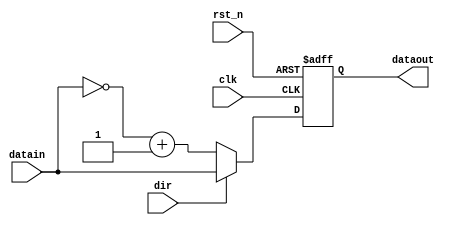
module judgePorN(clk,rst_n,datain,dataout,dir);
input clk,rst_n;
input [31:0]datain;
output [31:0]dataout;
input dir;
reg [31:0]dataout;
always @(posedge clk or negedge rst_n)
begin
if(!rst_n)
	begin
		dataout<=32'd0;
	end
else
	begin
	  if(dir==1'b0)
		begin
		dataout<=(~datain)+1'b1;
		end
	  else
		begin
		dataout<=datain;
		end

	end
end//always
endmodule